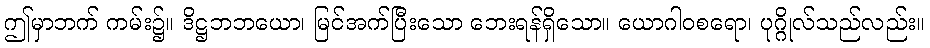
ဤမှာဘက် ကမ်း၌။ ဒိဋ္ဌဘဘယော၊ မြင်အက်ပြီးသော ဘေးရန်ရှိသော။ ယောဂါဝစရော၊ ပုဂ္ဂိုလ်သည်လည်း။